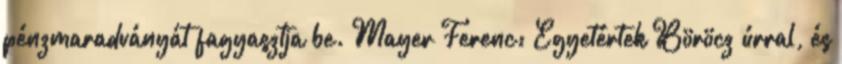
pénzmaradványát fagyasztja be. Mayer Ferenc: Egyetértek Böröcz úrral, és